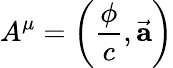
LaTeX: A^{\mu}=\left({\frac{\phi}{c}},{\vec{\mathbf{a}}}\right)